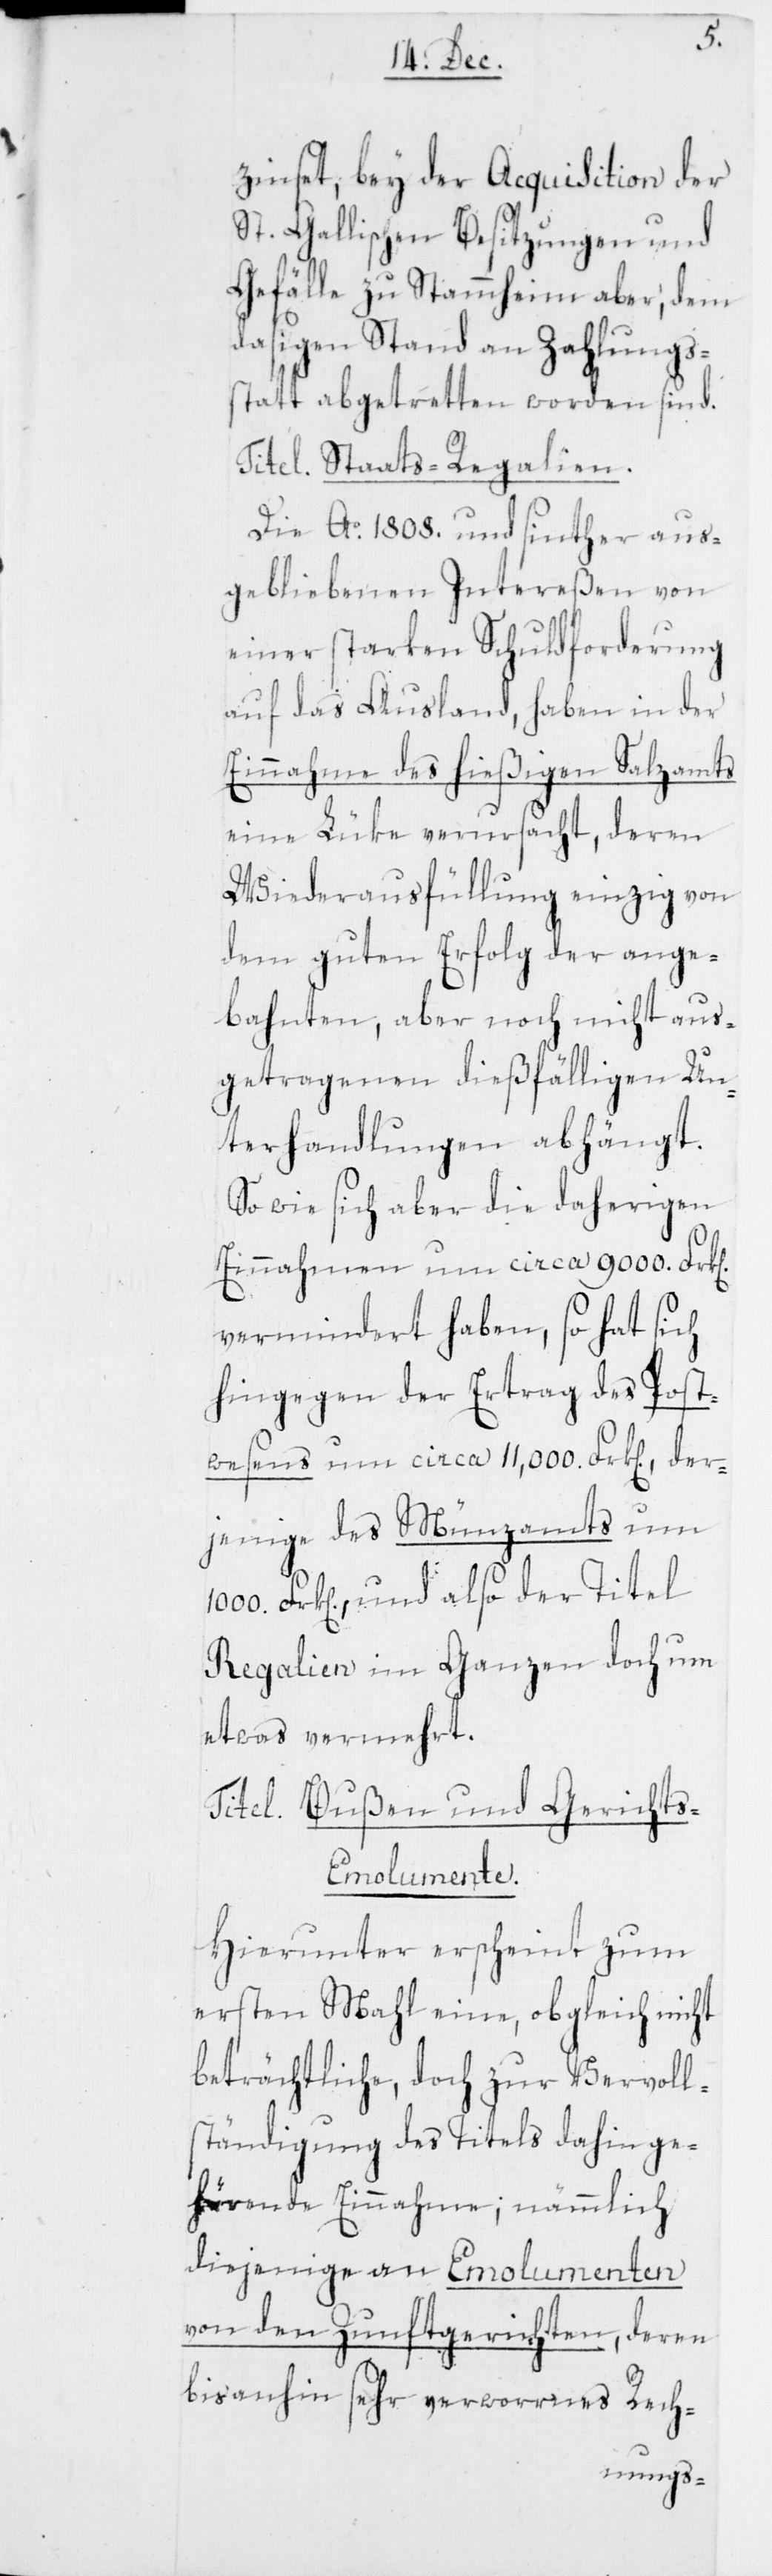
zinset, bey der Acquisition der
St. Gallischen Besitzungen und
Gefälle zu Stammheim aber, dem
dasigen Stand an Zahlungs¬
statt abgetretten worden sind.
Titel. Staats-Regalien.
Die Ao. 1808. und sinther aus¬
gebliebenen Intereßen von
einer starken Schuldforderung
auf das Ausland, haben in der
Einnahme des hießigen Salzamts
eine Lüke verursacht, deren
Wiederausfüllung einzig von
dem guten Erfolg der ange¬
bahnten, aber noch nicht aus¬
getragenen dießfälligen Un¬
terhandlungen abhängt.
So wie sich aber die daherigen
Einnahmen um circa 9000. Frk[en].
vermindert haben, so hat sich
hingegen der Ertrag des Post¬
wesens um circa 11,000. Frk[en]., der¬
jenige des Münzamts um
Frk[en]., und also der Titel
Regalien im Ganzen doch um
etwas vermehrt.
Titel. Bußen und Gericht¬
s-Emolumente.
Hierunter erscheint zum
ersten Mahl eine, obgleich nicht
beträchtliche, doch zur Vervoll¬
ständigung des Titels dahin ge¬
hörende Einnahme; nämmlich
diejenige an Emolumenten
von den Zunftgerichten, deren
bisanhin sehr verworrnes Rech-